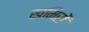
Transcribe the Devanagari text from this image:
खमिरों